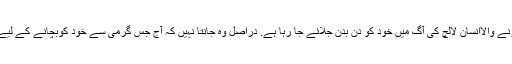
کبھی نہ کبھی اُسے چوری کی قیمت ضرور ادا کرنی پڑے گی اور نہ جانے کیوں چوری کرنے والاانسان لالچ کی آگ میں خود کو دن بدن جلائے جا رہا ہے. دراصل وہ جانتا نہیں کہ آج جس گرمی سے خود کوبچانے کے لیے چوری کی بجلی استعمال کر رہا ہے کل کو اسے جہنم کی گرمی سے کون نجات دلائے گا؟